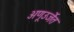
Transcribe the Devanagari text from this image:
अणूउर्जेत